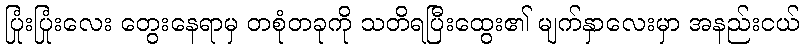
ပြုံးပြုံးလေး တွေးနေရာမှ တစုံတခုကို သတိရပြီးထွေး၏ မျက်နှာလေးမှာ အနည်းငယ်